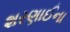
શરણાઈના